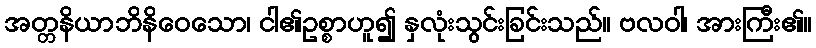
အတ္တနိယာဘိနိဝေသော၊ ငါ၏ဥစ္စာဟူ၍ နှလုံးသွင်းခြင်းသည်။ ဗလဝါ၊ အားကြီး၏။